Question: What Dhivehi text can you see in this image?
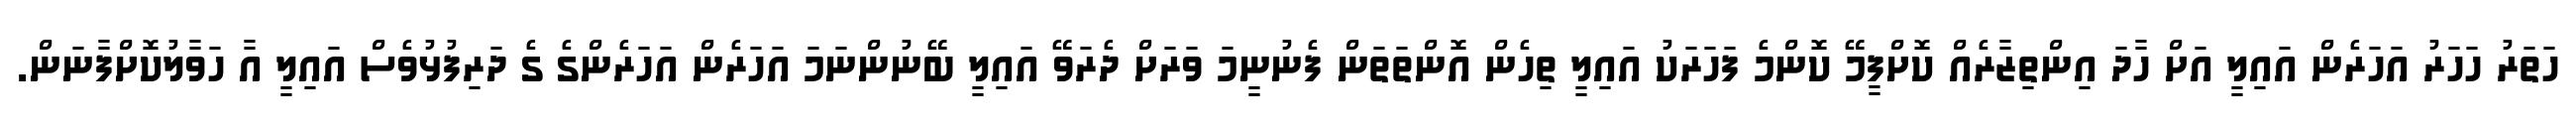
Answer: ހަތަރު ހަހަރު އަހަރެން އައިލީ އަށް ހާދަ އިންތިޒާރެއް ކޮށްފީމޭ ކޮންމެ ފަހަރަކު އައިލީ ތިހެން އޮންތަތަން ފެނުނީމަ ވަރަށް ދެރަވޭ އައިލީ ބޭނުންނަމަ އަހަރެން އަހަރެންގެ ގެ ދަރިފުޅުވެސް އައިލީ އާ ހަވާލުކޮށްފާނަން.